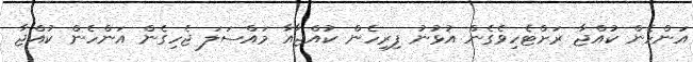
އަންހެން ކުއްޖާ ރަށްޓެހިވެގެން އުޅުނު ފިރިހެން ކުއްޖާއާ މައްސަލަ ޖެހިގެން އަންހެން ކުއްޖާ